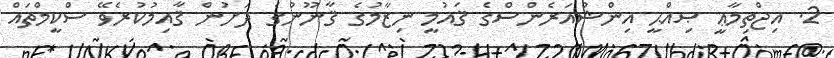
2. އިޖްތިމާޢީ ޞިއްޙީ އިންޝުއަރެންސްގެ ޤައުމީ ނިޒާމުގެ ޤާނޫނުގެ ދަށުން ޤާއިމުކުރެވޭ ސްކީމްތައް